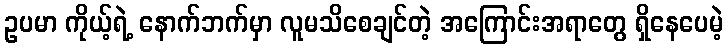
ဥပမာ ကိုယ့်ရဲ့ နောက်ဘက်မှာ လူမသိစေချင်တဲ့ အကြောင်းအရာတွေ ရှိနေပေမဲ့